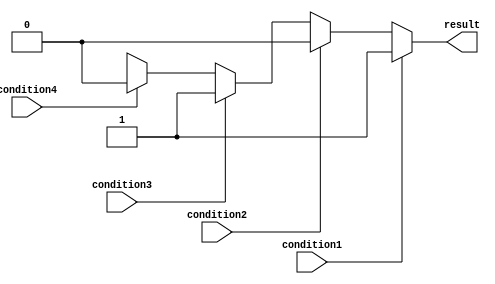
module priority_case_statement (
    input wire condition1,
    input wire condition2,
    input wire condition3,
    input wire condition4,
    output reg result
);

always @* begin
    case (1'b1)
        condition1: result = 1'b1;
        condition2: result = 2'b10;
        condition3: result = 2'b11;
        condition4: result = 1'b0;
        default: result = 1'bX; // default case
    endcase
end

endmodule